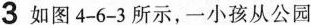
3 如图4-6-3所示，一小孩从公园